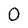
Character: 0